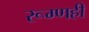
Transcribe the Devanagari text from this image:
रूग्णही